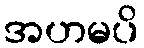
အဟမပိ